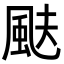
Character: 颫